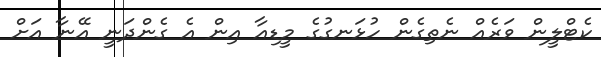
ކެޓްލީން ވަރެއް ނެތިގެން ހުޅަނގުގެ މީޑިއާ އިން އެ ގެންދަނީ އޭނާ އަށް